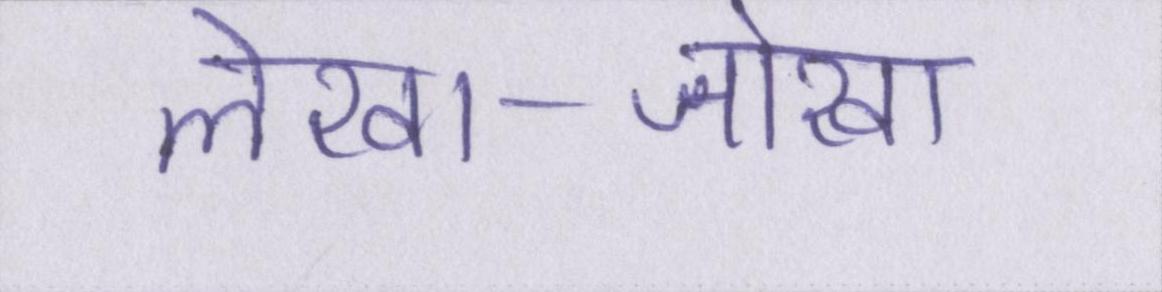
लेखा-जोखा